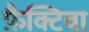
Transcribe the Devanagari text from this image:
फ़ैक्टिवा